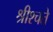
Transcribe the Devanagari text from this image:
श्रीश्चते